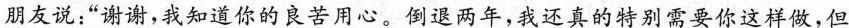
朋友说：”谢谢，我知道你的良苦用心。倒退两年，我还真的特别需要你这样做，但